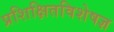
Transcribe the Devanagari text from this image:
प्रशिक्षितविशेषज्ञ